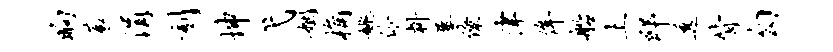
晌蓑涓刻坤弋姻桷姚伶料屡僚津侔船土邸透背勾